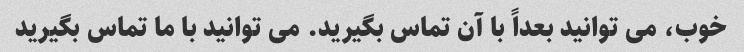
خوب، می توانید بعداً با آن تماس بگیرید. می توانید با ما تماس بگیرید